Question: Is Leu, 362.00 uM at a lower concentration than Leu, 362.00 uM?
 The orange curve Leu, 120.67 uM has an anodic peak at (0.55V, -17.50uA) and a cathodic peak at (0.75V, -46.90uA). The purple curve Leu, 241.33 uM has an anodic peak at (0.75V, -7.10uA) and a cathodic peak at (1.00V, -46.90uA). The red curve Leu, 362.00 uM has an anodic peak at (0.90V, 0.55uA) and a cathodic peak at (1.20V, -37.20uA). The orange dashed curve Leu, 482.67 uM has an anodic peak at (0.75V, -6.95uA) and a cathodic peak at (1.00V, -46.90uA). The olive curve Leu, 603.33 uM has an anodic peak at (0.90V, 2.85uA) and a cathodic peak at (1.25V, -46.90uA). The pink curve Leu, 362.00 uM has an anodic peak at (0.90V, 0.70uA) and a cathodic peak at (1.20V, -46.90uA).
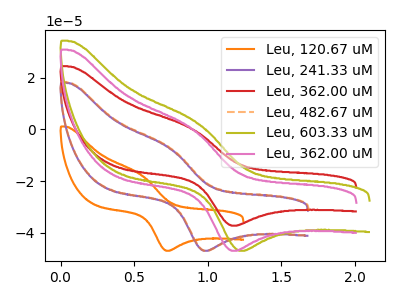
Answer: <think>All the peaks in "Leu, 362.00 uM" have a peak in "Leu, 362.00 uM" at the same potential. Every peak in "Leu, 362.00 uM" is higher than every peak in "Leu, 362.00 uM".
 </think>
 <answer>"Leu, 362.00 uM" has more signal than "Leu, 362.00 uM" and so likely has a higher concentration.</answer>
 <eval>more_concentration</eval>